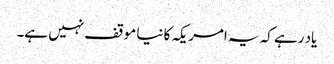
یاد رہے کہ یہ امریکہ کا نیا موقف نہیں ہے۔